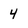
Character: 4